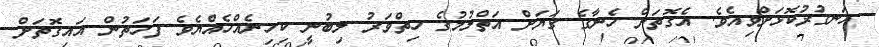
އަނގުރުކޮޅަށްވިއެވެ. އެގޮތަށް ހެނާގެ ގަޔަށް އަތްލުމުގެ ހިތްވަރު ލިބުނީ ކިހިނެއްހެއްޔެވެ ފަހަތުން އައިގޮތަށް